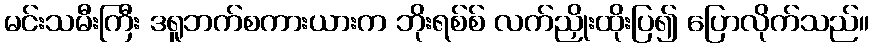
မင်းသမီးကြီး ဒရူဘက်စကားယားက ဘိုးရစ်စ် လက်ညှိုးထိုးပြ၍ ပြောလိုက်သည်။